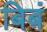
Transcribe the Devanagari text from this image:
बिबं